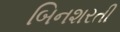
બિનશરતી